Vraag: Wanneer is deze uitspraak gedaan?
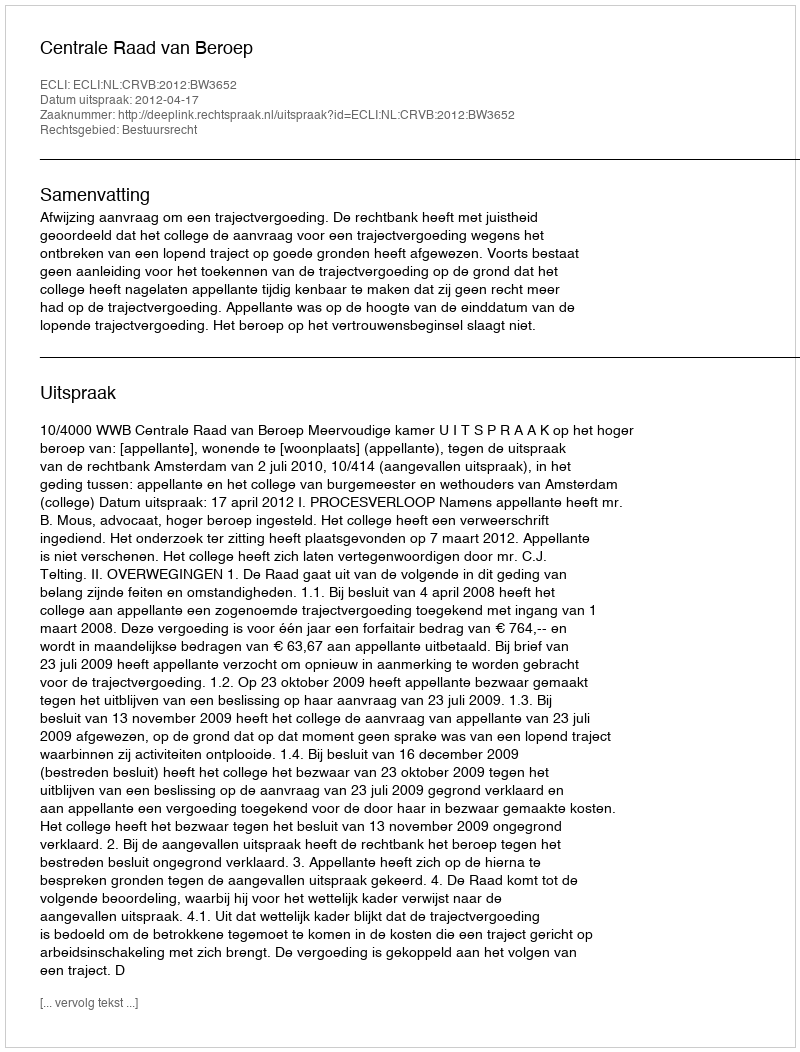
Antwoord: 2012-04-17